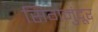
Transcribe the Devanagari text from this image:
सिगमुंदूर